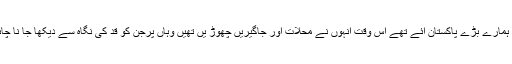
جب ہمارے بڑے پاکستان آئے تھے اس وقت انہوں نے محلات اور جاگیریں چھوڑ یں تھیں وہاں پرجن کو قد کی نگاہ سے دیکھا جا نا چاہیے۔